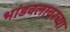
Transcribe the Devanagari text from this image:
भांडवलावरच्या